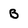
Character: B